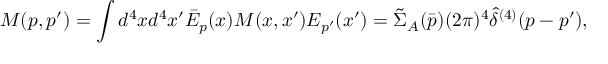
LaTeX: M ( p , p ^ { \prime } ) = \int d ^ { 4 } x d ^ { 4 } x ^ { \prime } \bar { E } _ { p } ( x ) M ( x , x ^ { \prime } ) E _ { p ^ { \prime } } ( x ^ { \prime } ) = \tilde { \Sigma } _ { A } ( \bar { p } ) ( 2 \pi ) ^ { 4 } \hat { \delta } ^ { ( 4 ) } ( p - p ^ { \prime } ) ,